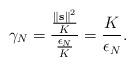
LaTeX: \begin{align*}\gamma_N = {{\left\|\mathbf{s}\right\|^2 \over K} \over {\epsilon_N \over K}} = {K \over \epsilon_N}.\end{align*}